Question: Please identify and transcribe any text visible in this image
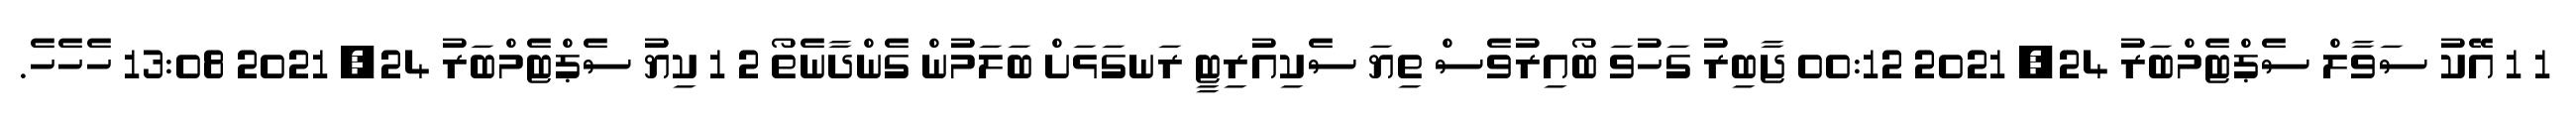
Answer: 1 1 އޭކު ސަވާލް ސެޕްޓެމްބަރު 24, 2021 00:12 ޖާބިރު ގަހުވަ ބޯއިރުވެސް ތިޔަ ސެކިއުރިޓީ ރަނގަޅަށް ބަލަމުން ގެންދާނެތޯ 2 1 ކިޔު ސެޕްޓެމްބަރު 24, 2021 13:08 ހެހެހެ.